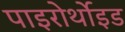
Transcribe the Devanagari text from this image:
पाइरोर्थोइड